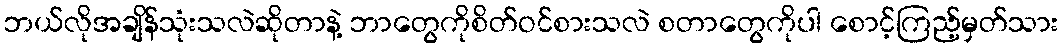
ဘယ်လိုအချိန်သုံးသလဲဆိုတာနဲ့ ဘာတွေကိုစိတ်ဝင်စားသလဲ စတာတွေကိုပါ စောင့်ကြည့်မှတ်သား